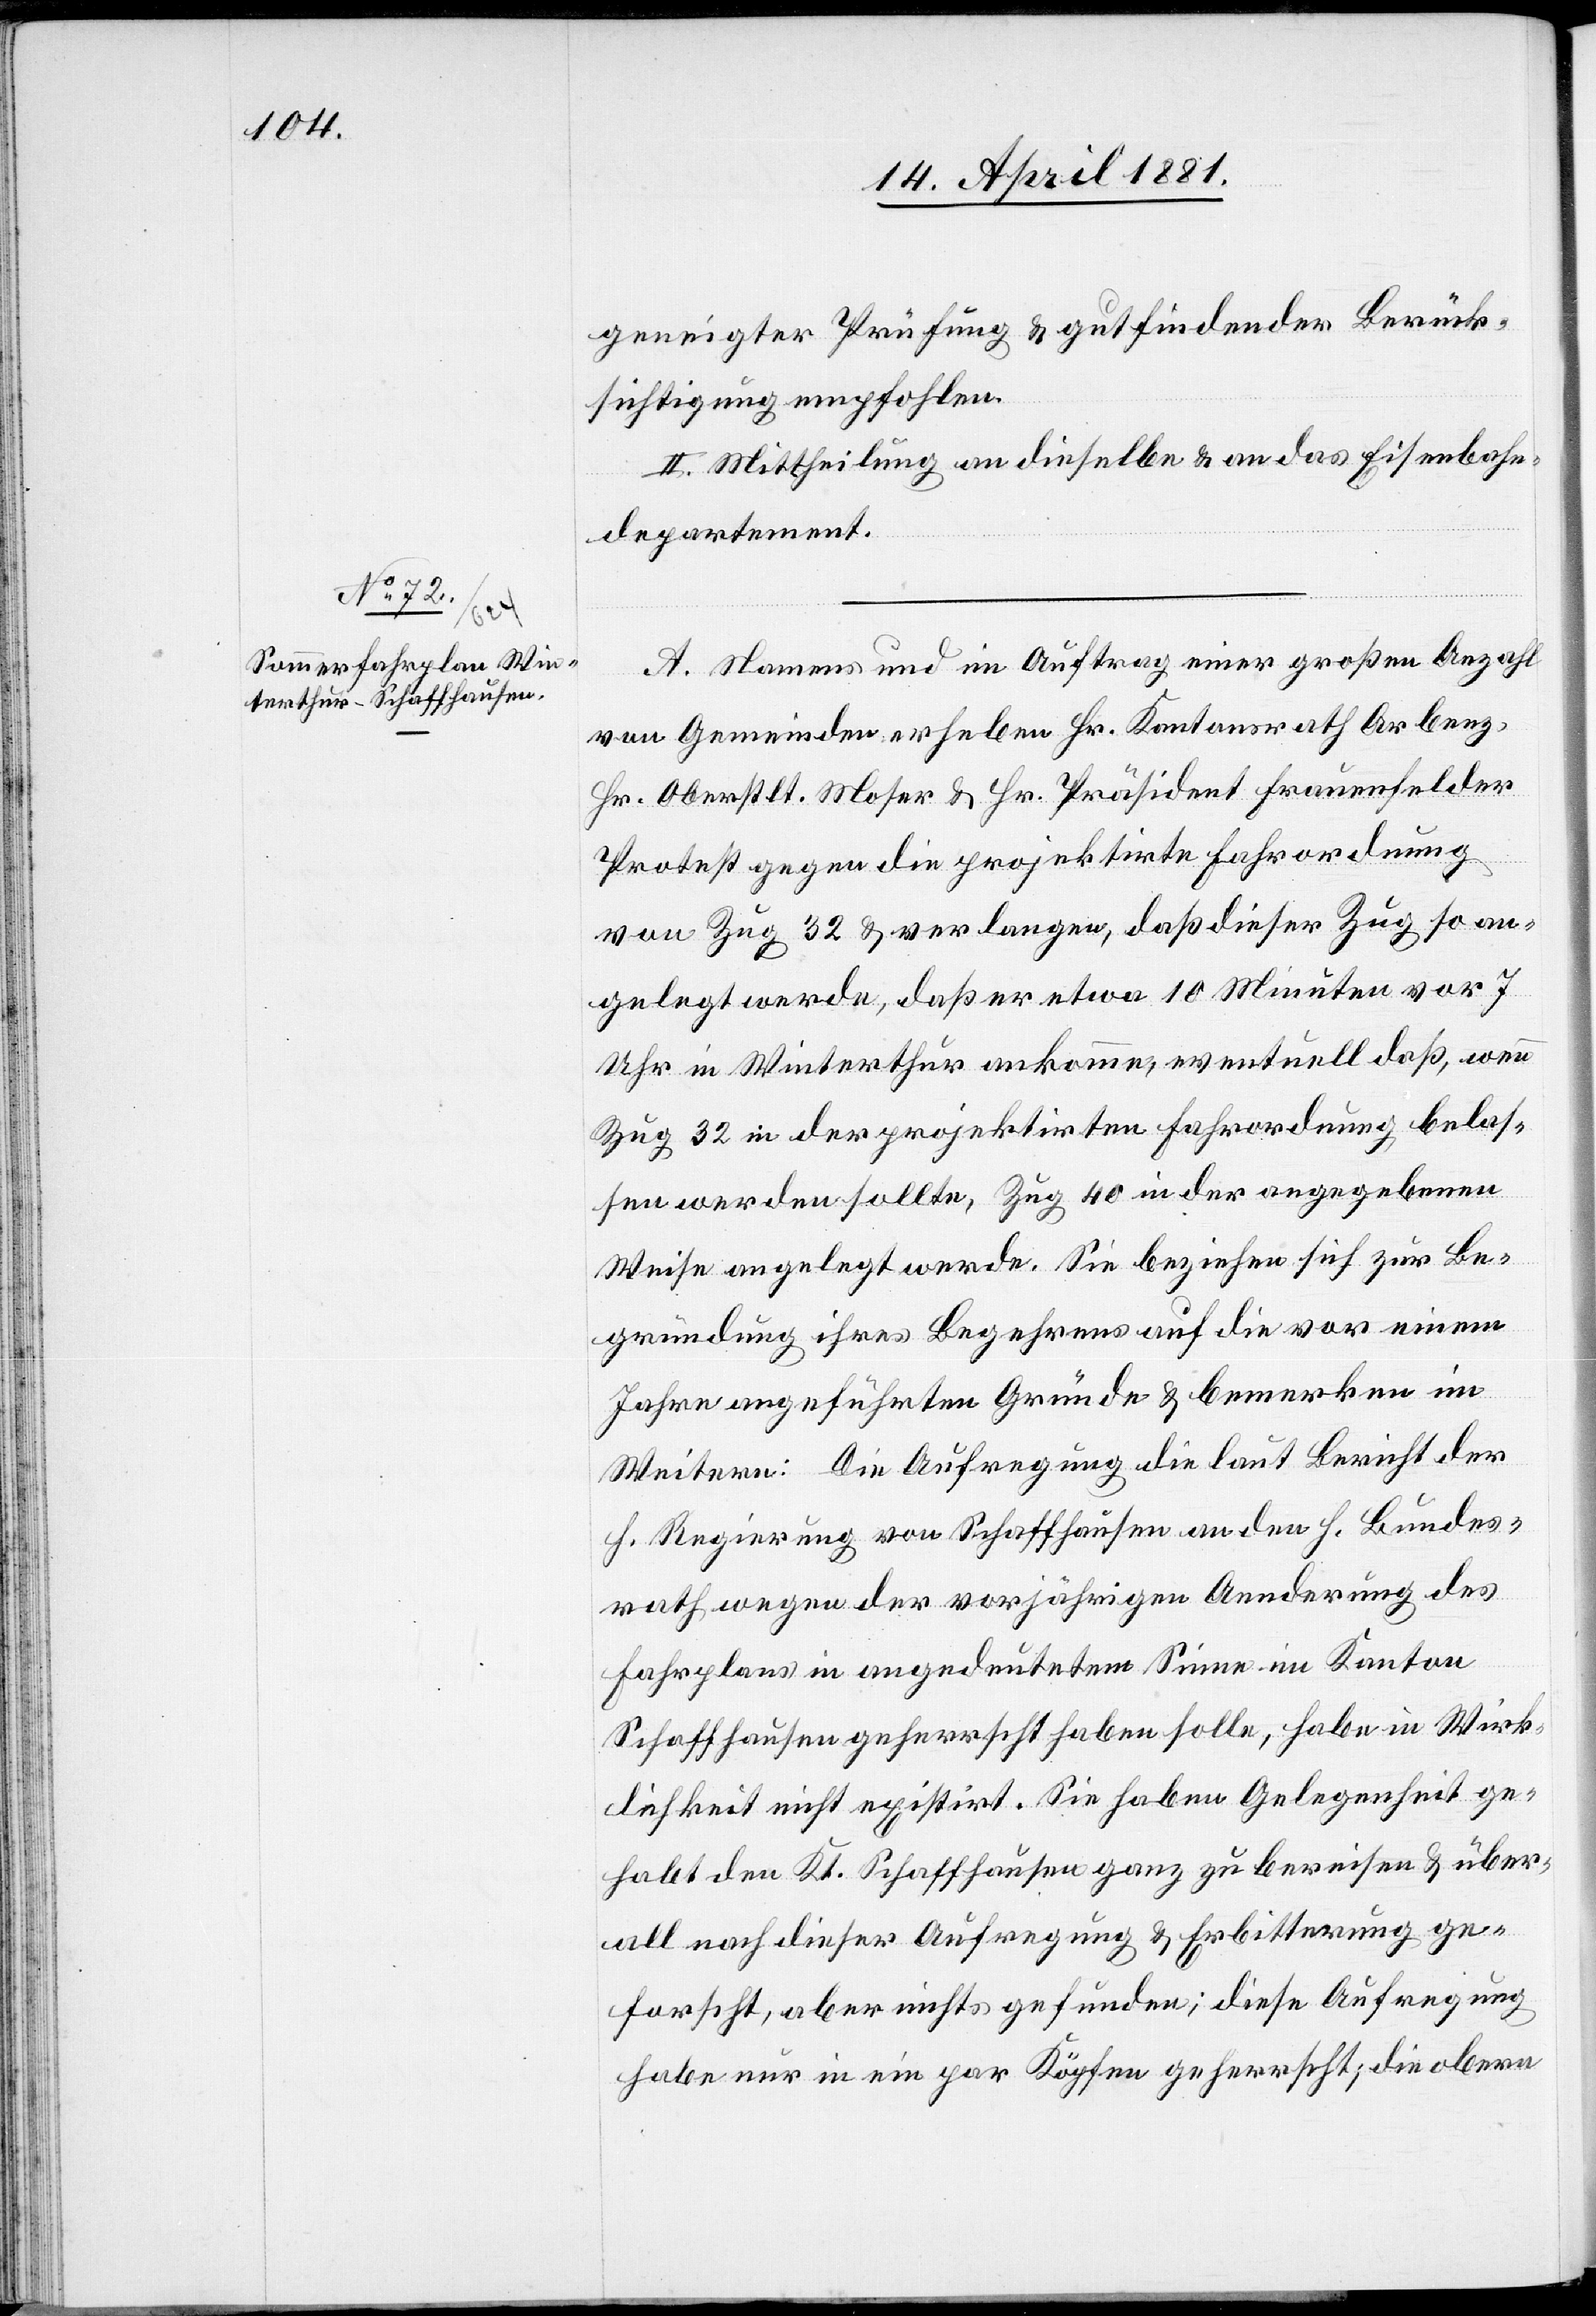
geneigter Prüfung & gutfindender Berück¬
sichtigung empfohlen.
II. Mittheilung an dieselbe & an das Eisenbahn¬
departement.
A. Namens und in Auftrag einer großen Anzahl
von Gemeinden erheben Hr. Kantonsrath Arbenz,
Hr. Oberstlt. Moser & Hr. Präsident Frauenfelder
Protest gegen die projektirte Fahrordnung
von Zug 32 & verlangen, daß dieser Zug so an¬
gelegt werde, daß er etwa 10 Minuten vor 7
Uhr in Winterthur ankomme, eventuell daß, wenn
Zug 32 in der projektirten Fahrordnung belas¬
sen werden sollte, Zug 40 in der angegebenen
Weise angelegt werde. Sie beziehen sich zur Be¬
gründung ihres Begehrens auf die vor einem
Jahre angeführten Gründe & bemerken im
Weitern: Die Aufregung die laut Bericht der
h. Regierung von Schaffhausen an den h. Bundes¬
rath wegen der vorjährigen Aenderung des
Fahrplans in angedeutetem Sinne im Kanton
Schaffhausen geherrscht haben solle, habe in Wirk¬
lichkeit nicht existirt. Sie haben Gelegenheit ge¬
habt den Kt. Schaffhausen ganz zu bereisen & über¬
all nach dieser Aufregung & Erbitterung ge¬
forscht, aber nichts gefunden; diese Aufregung
habe nur in ein par Köpfen geherrscht; die obern